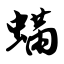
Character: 螨